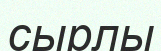
сырлы